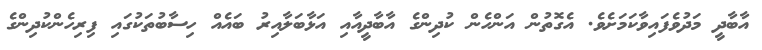
އާބާދީ މަދުވެފައިވާކަމަށެވެ. އެގޮތުން އަންހެން ކުދިންގެ އާބާދީއާއި އަޅާބަލާއިރު ބައެއް ހިސާބުތަކުގައި ފިރިހެންކުދިންގެ